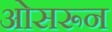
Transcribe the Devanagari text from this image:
ओसरून